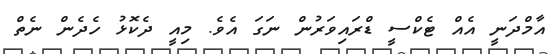
އާމްދަނީ އެއް ޓެކްސީ ޑްރައިވަރުން ނަގަ އެވެ. މިއީ ދެކޮޅު ހެދެން ނެތް